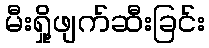
မီးရှို့ဖျက်ဆီးခြင်း